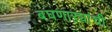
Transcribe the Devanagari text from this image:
बघणाऱ्यांची